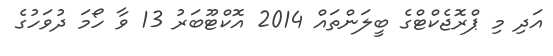
އަދި މި ޕްރޮޖެކްޓްގެ ބީލަންތައް 2014 އޮކްޓޫބަރު 13 ވާ ހޯމަ ދުވަހުގެ